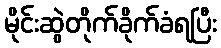
မိုင်းဆွဲတိုက်ခိုက်ခံရပြီး